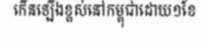
កើនឡើងខ្ពស់នៅកម្ពុជាដោយ១ខែ